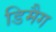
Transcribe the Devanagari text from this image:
डिमैग